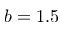
b = 1 . 5